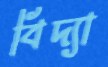
বিদ্যা